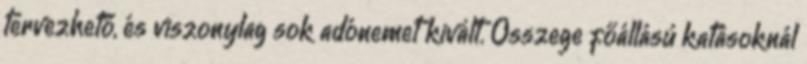
tervezhető, és viszonylag sok adónemet kivált. Összege főállású katásoknál